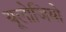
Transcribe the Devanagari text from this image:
यूलोजियो